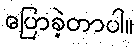
ပြောခဲ့တာပါ။